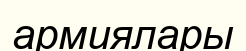
армиялары